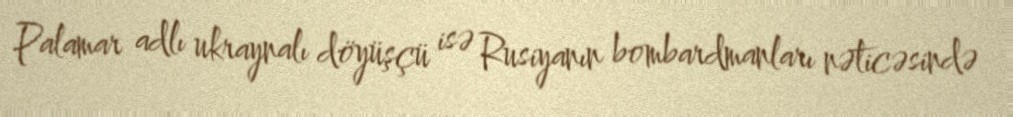
Palamar adlı ukraynalı döyüşçü isə Rusiyanın bombardmanları nəticəsində